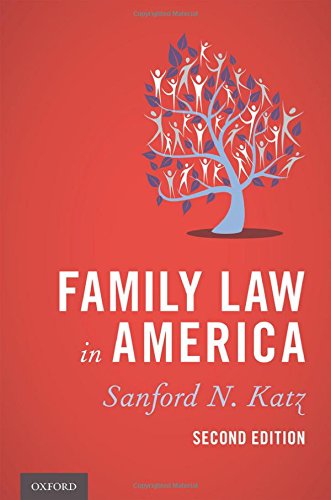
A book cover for Family Law in America; Sanford N. Katz; Law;